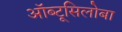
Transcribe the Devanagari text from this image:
ऑब्टूसिलोबा